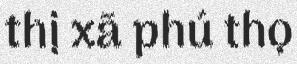
thị xã phú thọ